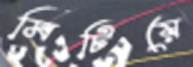
মিটিয়ে